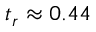
t _ { r } \approx 0 . 4 4